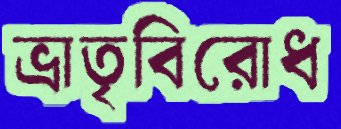
ভ্রাতৃবিরোধ